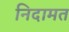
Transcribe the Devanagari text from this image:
निदामत